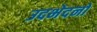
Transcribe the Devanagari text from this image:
उदभेदनो